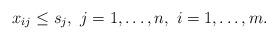
LaTeX: \begin{align*}x_{ij} \leq s_j,~j = 1,\dots,n,~i=1,\dots,m.\end{align*}